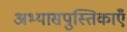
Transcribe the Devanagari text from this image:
अभ्यासपुस्तिकाएँ